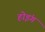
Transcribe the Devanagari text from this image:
होइंग